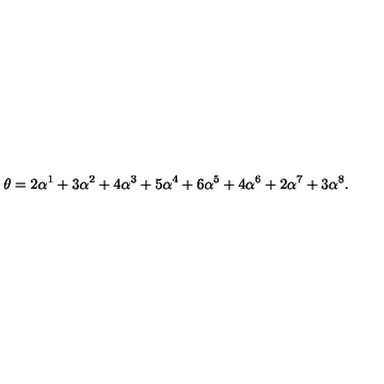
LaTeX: \theta = 2 \alpha ^ { 1 } + 3 \alpha ^ { 2 } + 4 \alpha ^ { 3 } + 5 \alpha ^ { 4 } + 6 \alpha ^ { 5 } + 4 \alpha ^ { 6 } + 2 \alpha ^ { 7 } + 3 \alpha ^ { 8 } .